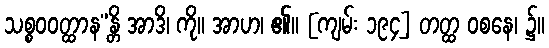
သစ္စဝဝတ္ထာန”န္တိ အာဒိ၊ ကို။ အာဟ၊ ၏။ [ကျမ်း ၁၉၄] တတ္ထ ဝစနေ၊ ၌။